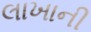
લાખાની